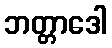
ဘတ္တာဒေါ